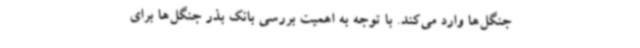
جنگل‌ها وارد می‌کند. با توجه به اهمیت بررسی بانک بذر جنگل‌ها برای